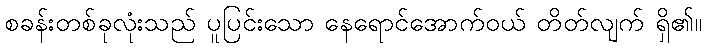
စခန်းတစ်ခုလုံးသည် ပူပြင်းသော နေရောင်အောက်ဝယ် တိတ်လျက် ရှိ၏။